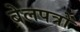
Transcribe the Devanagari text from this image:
बेलपत्रों